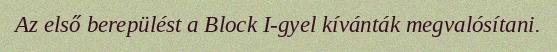
Az első berepülést a Block I-gyel kívánták megvalósítani.